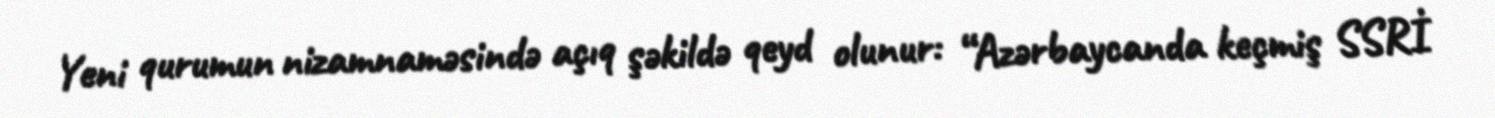
Yeni qurumun nizamnaməsində açıq şəkildə qeyd olunur: “Azərbaycanda keçmiş SSRİ